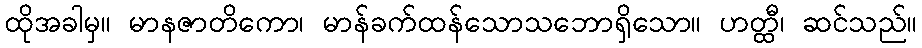
ထိုအခါမှ။ မာနဇာတိကော၊ မာန်ခက်ထန်သောသဘောရှိသော။ ဟတ္ထီ၊ ဆင်သည်။